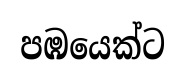
පඹයෙක්ට